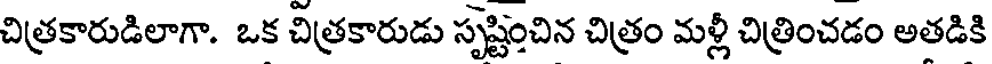
చిత్రకారుడిలాగా. ఒక చిత్రకారుడు సృష్టించిన చిత్రం మళ్లీ చిత్రించడం అతడికి